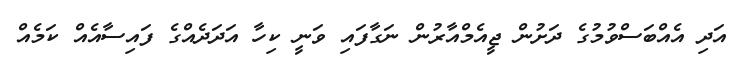
އަދި އެއްބަސްވުމުގެ ދަށުން ޖީއެމްއާރުން ނަގާފައި ވަނީ ކިހާ އަދަދެއްގެ ފައިސާއެއް ކަމެއް